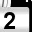
Digit: 2